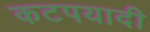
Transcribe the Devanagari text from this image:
कटपयादी